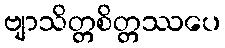
ဗျာသိတ္တစိတ္တဿပေ